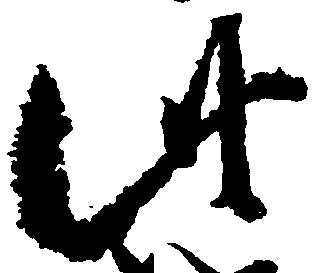
此